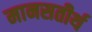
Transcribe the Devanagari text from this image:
मानसतीर्थ